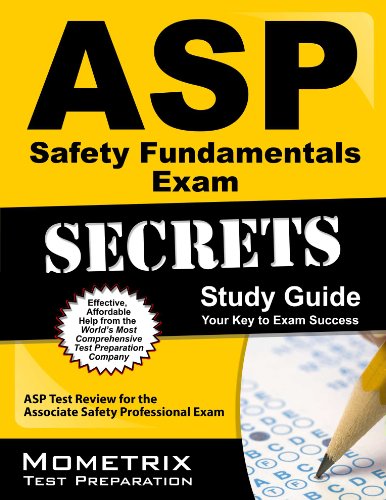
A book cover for ASP Safety Fundamentals Exam Secrets Study Guide: ASP Test Review for the Associate Safety Professional Exam; ASP Exam Secrets Test Prep Team; Test Preparation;